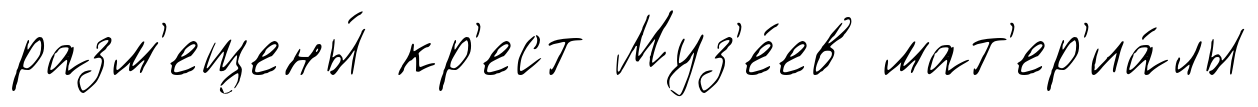
разм'ещены́ кр'ест Муз'е́ев мат'ер'иа́лы